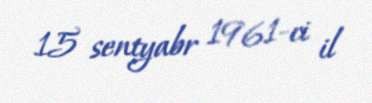
15 sentyabr 1961-ci il